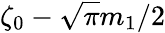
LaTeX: \zeta_{0}-\sqrt{\pi}m_{1}/2